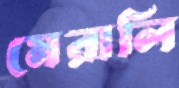
মেরালি